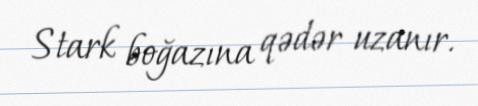
Stark boğazına qədər uzanır.